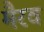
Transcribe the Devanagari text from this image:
मैरव